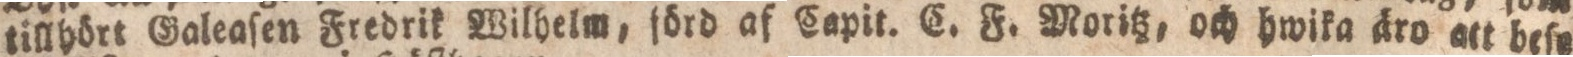
tillhört Galeaſen Fredrik Wilhelm, förd af Capit. C. F. Moritz, och hwika äro att beſe